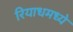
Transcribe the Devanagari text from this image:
रियाधमध्ये